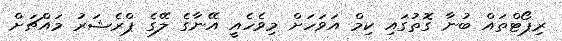
ރިޕޯޓްތައް ބުނާ ގޮތުގައި ކިމް އަވަހަށް މިވެހެއީ އޭނާގެ ލޭގެ ޕްރެޝަރު މައްޗަށް